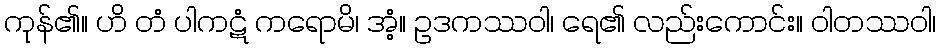
ကုန်၏။ ဟိ တံ ပါကဋံ ကရောမိ၊ အံ့။ ဥဒကဿဝါ၊ ရေ၏ လည်းကောင်း။ ဝါတဿဝါ၊